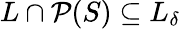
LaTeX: L\cap{\mathcal{P}}(S)\subseteq L_{\delta}